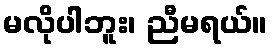
မလိုပါဘူး၊ ညီမရယ်။